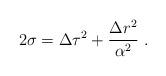
LaTeX: \begin{align*}2\sigma=\Delta\tau^2+\frac{\Delta r^2}{\alpha^2} \ .\end{align*}